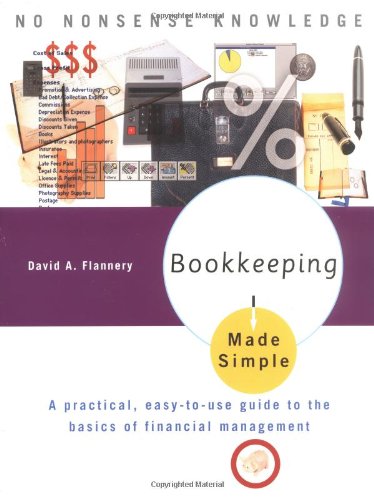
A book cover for Bookkeeping Made Simple; David A. Flannery; Business & Money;